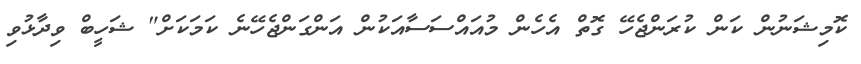
ކޮމިޝަނުން ކަން ކުރަންޖެހޭ ގޮތް އެހެން މުއައްސަސާއަކުން އަންގަންޖެހޭނެ ކަމަކަށް" ޝަހީބް ވިދާޅުވި